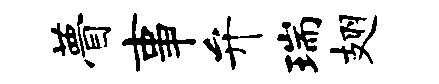
瞢事弁瑞翅